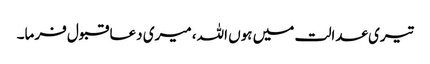
تیری عدالت میں ہوں اللہ، میری دعا قبول فرما۔